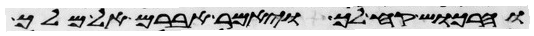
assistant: והרכוש קח לך ויאמר אברם אל מלך